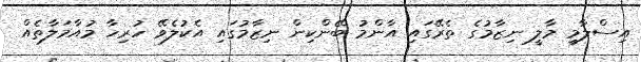
އިސްލާމީ މާލީ ނިޒާމުގެ ތެރޭގައި އާންމު ބޭންކިން ނިޒާމުގައި އެކުލެވޭ ހުރިހާ މުއާމަލާތެއް